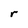
Character: r